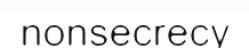
nonsecrecy